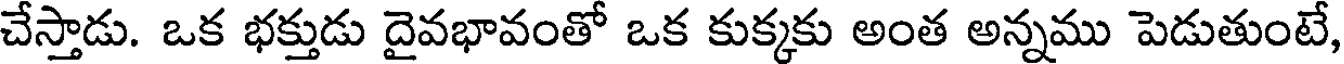
చేస్తాడు. ఒక భక్తుడు దైవభావంతో ఒక కుక్కకు అంత అన్నము పెడుతుంటే,